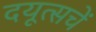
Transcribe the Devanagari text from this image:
दयूत्सचें